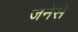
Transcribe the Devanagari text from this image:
जनेसे